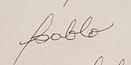
Signature authenticity: forged